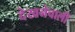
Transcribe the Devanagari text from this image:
देखनेवाली